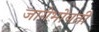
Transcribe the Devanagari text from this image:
जागेभोवती